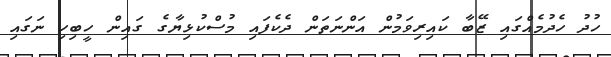
ހުދު ހެދުމެއްގައި ޒޭބާ ކައިރިވަމުން އަންނަތަން ދެކެފައި މުސްކުޅިޔާގެ ގައިން ހީބިހި ނަގައި